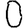
Digit: 0